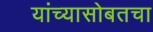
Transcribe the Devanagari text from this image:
यांच्यासोबतचा